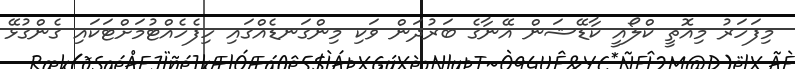
މިފަހަރު މިއޮތީ ކްލޯއީ ކާޑޭޝަން އޭނާގެ ބަރުދަން ވަކި މިންގަނޑެއްގައި ހިފެހެއްޓުމަށްޓަކައި ގެންގުޅޭ